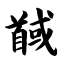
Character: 馘